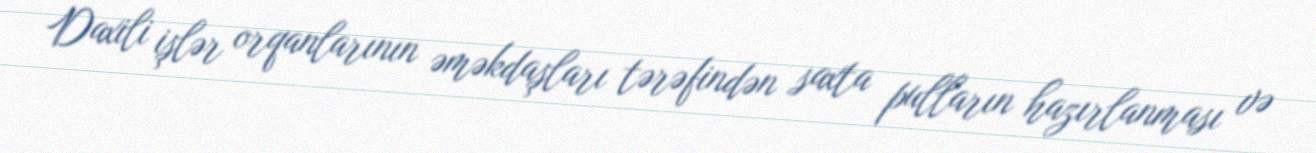
Daxili işlər orqanlarının əməkdaşları tərəfindən saxta pulların hazırlanması və